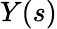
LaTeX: Y(s)